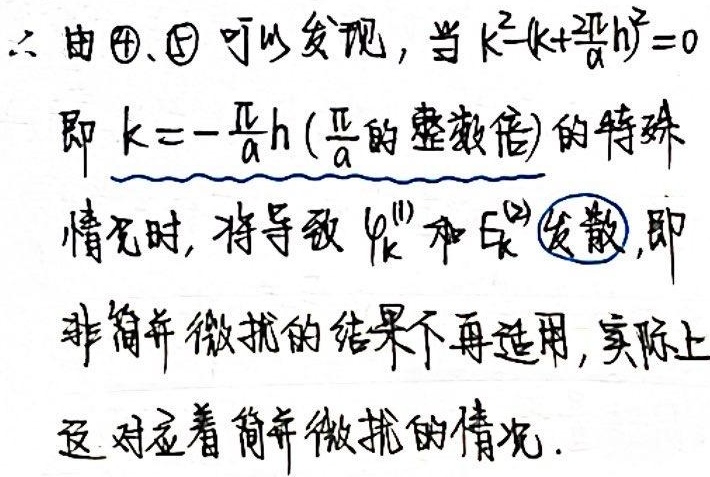
\(\therefore\) 由\textcircled{4}、\textcircled{5}可以发现，当\(k^{2}-(k + \frac{2\pi}{\alpha}h)^{2}=0\)即\(k = -\frac{\pi}{\alpha}h\)（\(\frac{\pi}{\alpha}\)的整数倍）的特殊情况时，将导致\(\varphi_{k}^{(1)}\)和\(E_{k}^{(2)}\)发散，即非简并微扰的结果不再适用，实际上这对应着简并微扰的情况。